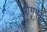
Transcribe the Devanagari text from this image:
पींगळा